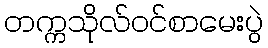
တက္ကသိုလ်ဝင်စာမေးပွဲ